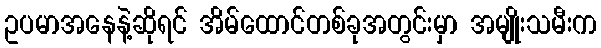
ဥပမာအနေနဲ့ဆိုရင် အိမ်ထောင်တစ်ခုအတွင်းမှာ အမျိုးသမီးက